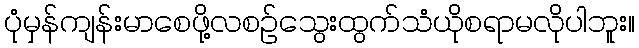
ပုံမှန်ကျန်းမာစေဖို့လစဉ်သွေးထွက်သံယိုစရာမလိုပါဘူး။